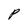
Character: P